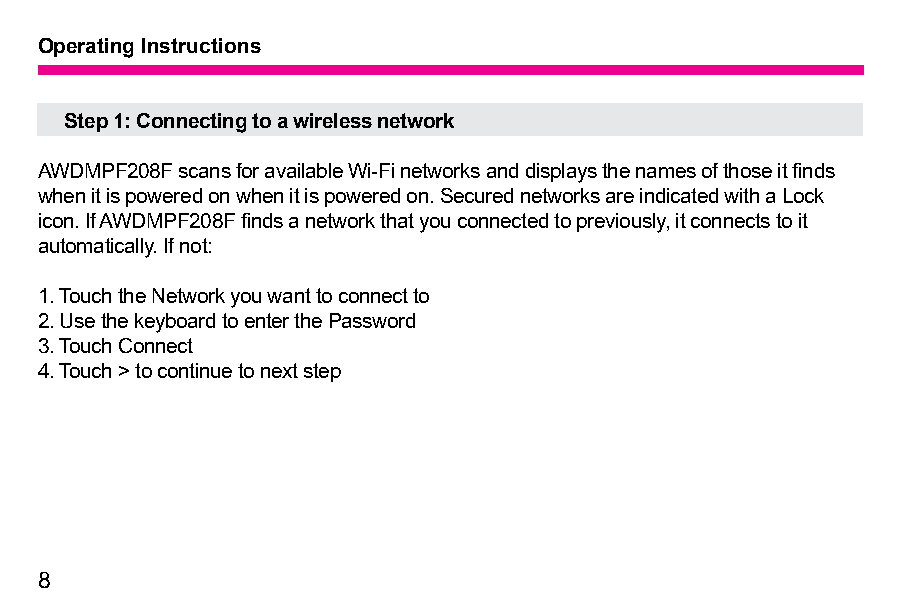
Operating Instructions
 Step 1: Connecting to a wireless network
 AWDMPF208F scans for available Wi-Fi networks and displays the names of those it finds
 when it is powered on when it is powered on. Secured networks are indicated with a Lock
 icon. If AWDMPF208F finds a network that you connected to previously, it connects to it
 automatically. If not:
 1. Touch the Network you want to connect to
 2. Use the keyboard to enter the Password
 3. Touch Connect
 4. Touch > to continue to next step
 8